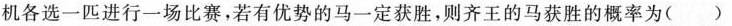
机各选一匹进行一场比赛，若有优势的马一定获胜，则齐王的马获胜的概率为（）